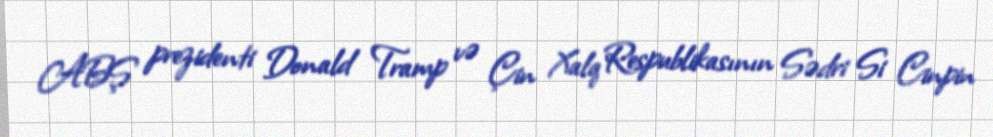
ABŞ prezidenti Donald Tramp və Çin Xalq Respublikasının Sədri Si Cinpin